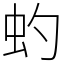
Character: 虳